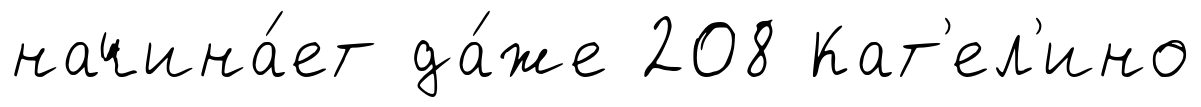
начина́ет да́же 208 Кат'ел'ино